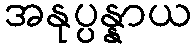
အနုပ္ပန္နာယ